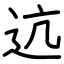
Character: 迒